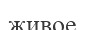
живое